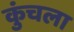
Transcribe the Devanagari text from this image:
कुंचला